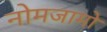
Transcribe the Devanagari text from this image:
नोमजामो